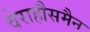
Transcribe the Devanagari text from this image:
वेराहौसमैन